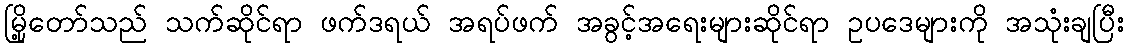
မြို့တော်သည် သက်ဆိုင်ရာ ဖက်ဒရယ် အရပ်ဖက် အခွင့်အရေးများဆိုင်ရာ ဥပဒေများကို အသုံးချပြီး